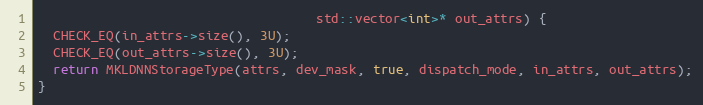
Language: C++
                                     std::vector<int>* out_attrs) {
  CHECK_EQ(in_attrs->size(), 3U);
  CHECK_EQ(out_attrs->size(), 3U);
  return MKLDNNStorageType(attrs, dev_mask, true, dispatch_mode, in_attrs, out_attrs);
}